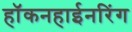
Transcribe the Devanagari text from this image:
हॉकनहाईनरिंग